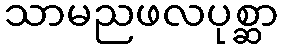
သာမညဖလပုစ္ဆာ